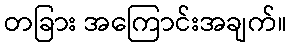
တခြား အကြောင်းအချက်။